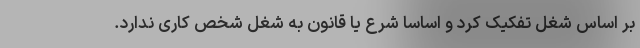
بر اساس شغل تفکیک کرد و اساسا شرع یا قانون به شغل شخص کاری ندارد.